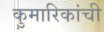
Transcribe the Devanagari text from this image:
कुमारिकांची